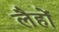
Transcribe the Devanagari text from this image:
लैहों